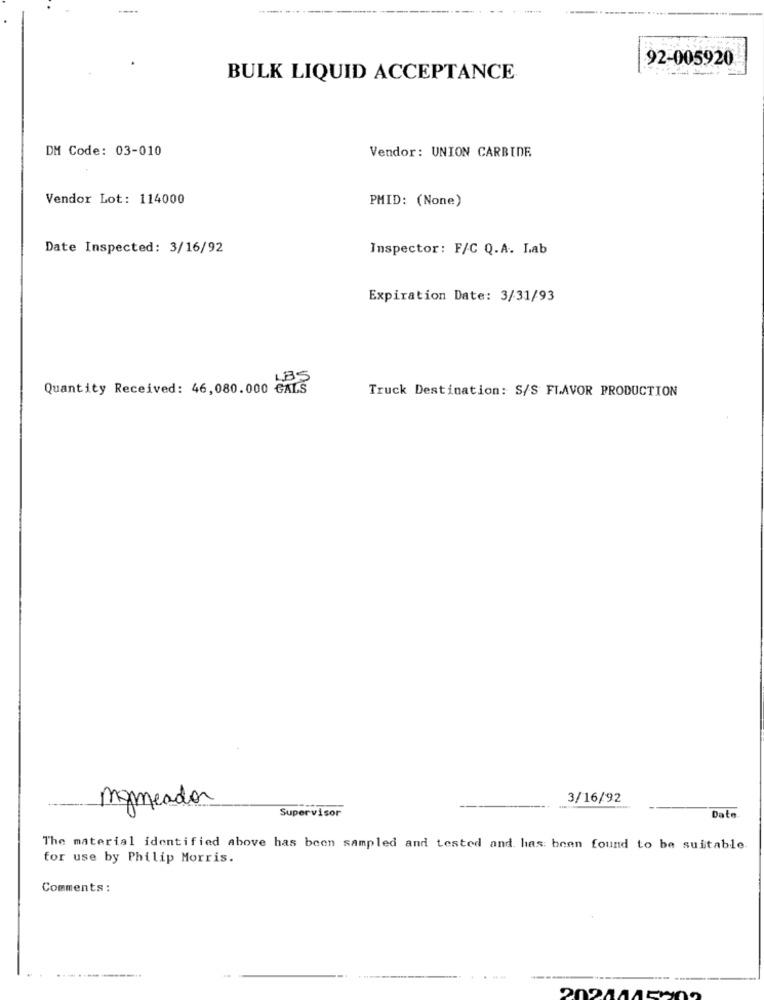
92-005920
BULK LIQUID ACCEPTANCE
DM Code: 03-010
Vendor: UNION CARBIDE
Vendor Lot: 114000
PMID: (None)
Date Inspected: 3/16/92
Inspector: F/C Q.A. Lab
Expiration Date: 3/31/93
Quantity Received: 46,080.000 GALS
Truck Destination: S/S FLAVOR PRODUCTION
3/16/92
marineador
Supervisor
Data
The material identified above has been sampled and tested and has been found to be suitable.
for use by Philip Morris.
Comments :